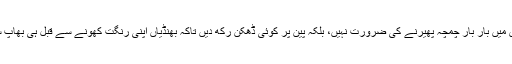
تلتے ہوئے اس میں بار بار چمچہ پھیرنے کی ضرورت نہیں، بلکہ پین پر کوئی ڈھکن رکھ دیں تاکہ بھنڈیاں اپنی رنگت کھونے سے قبل ہی بھاپ سے گل جائیں۔